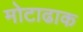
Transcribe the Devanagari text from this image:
मोटाढाक